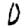
Digit: 0